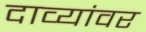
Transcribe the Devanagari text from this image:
दाव्यांवर